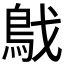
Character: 𩿙